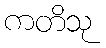
ကတိသု